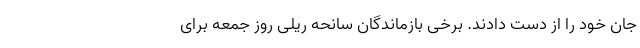
جان خود را از دست دادند. برخی بازماندگان سانحه ریلی روز جمعه برای